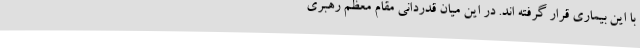
با این بیماری قرار گرفته اند. در این میان قدردانی مقام معظم رهبری